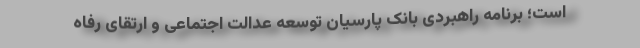
است؛ برنامه راهبردی بانک پارسیان توسعه عدالت اجتماعی و ارتقای رفاه